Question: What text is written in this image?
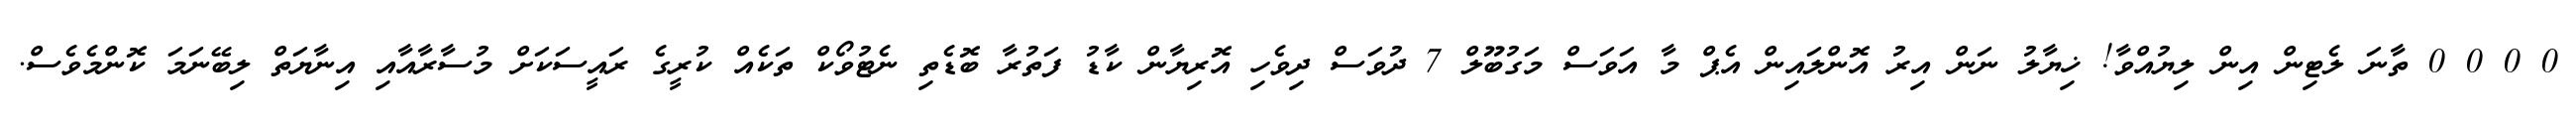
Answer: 0 0 0 0 ތާނަ ލެޓިން އިން ލިޔުއްވާ! ޚިޔާލު ނަން އިރު އޮންލައިން އެޕް މާ އަވަސް މަގުބޫލް 7 ދުވަސް ދިވެހި އޮރިޔާން ކާޑު ފަތުރާ ބޮޑެތި ނެޓުވޯކް ތަކެއް ކުރީގެ ރައީސަކަށް މުސާރާއާއި އިނާޔަތް ލިބޭނަމަ ކޮންމެވެސް.